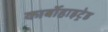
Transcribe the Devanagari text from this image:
कार्बोहाइट्रेड